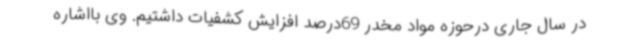
در سال جاری درحوزه مواد مخدر 69درصد افزایش کشفیات داشتیم. وی بااشاره